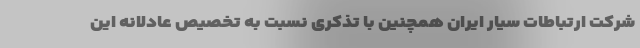
شرکت ارتباطات سیار ایران همچنین با تذکری نسبت به تخصیص عادلانه این